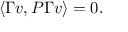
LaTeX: \langle \Gamma v , P \Gamma v \rangle = 0 .